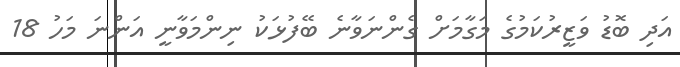
އަދި ބޮޑު ވަޒީރުކަމުގެ މަގާމަށް ގެންނަވާނެ ބޭފުޅަކު ނިންމަވާނީ އަންނަ މަހު 18